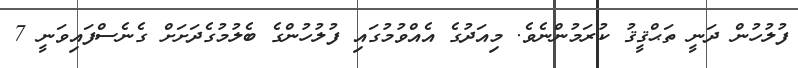
ފުލުހުން ދަނީ ތަޙްޤީޤު ކުރަމުންނެވެ. މިއަދުގެ އެއްވުމުގައި ފުލުހުންގެ ބެލުމުގެދަށަށް ގެނެސްފައިވަނީ 7